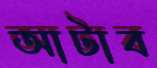
আটাব